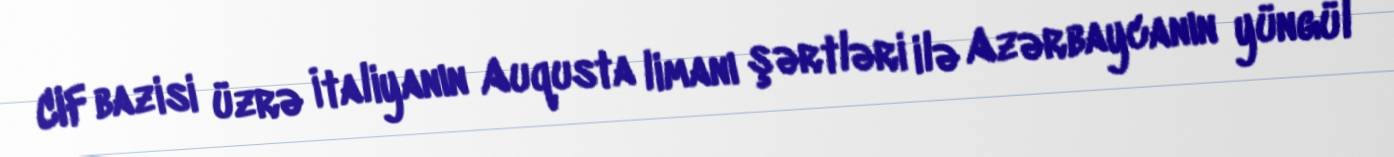
CIF bazisi üzrə İtaliyanın Auqusta limanı şərtləri ilə Azərbaycanın yüngül